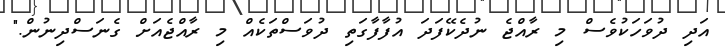
އަދި ދުވަހަކުވެސް މި ރާއްޖެ ނުދެކޭފަދަ އުފާފާގަތި ދުވަސްތަކެއް މި ރާއްޖެއަށް ގެނަސްދިނުން."